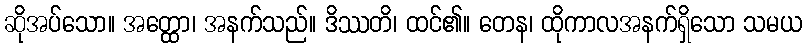
ဆိုအပ်သော။ အတ္ထော၊ အနက်သည်။ ဒိဿတိ၊ ထင်၏။ တေန၊ ထိုကာလအနက်ရှိသော သမယ